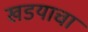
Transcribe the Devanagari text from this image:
खडयाचा